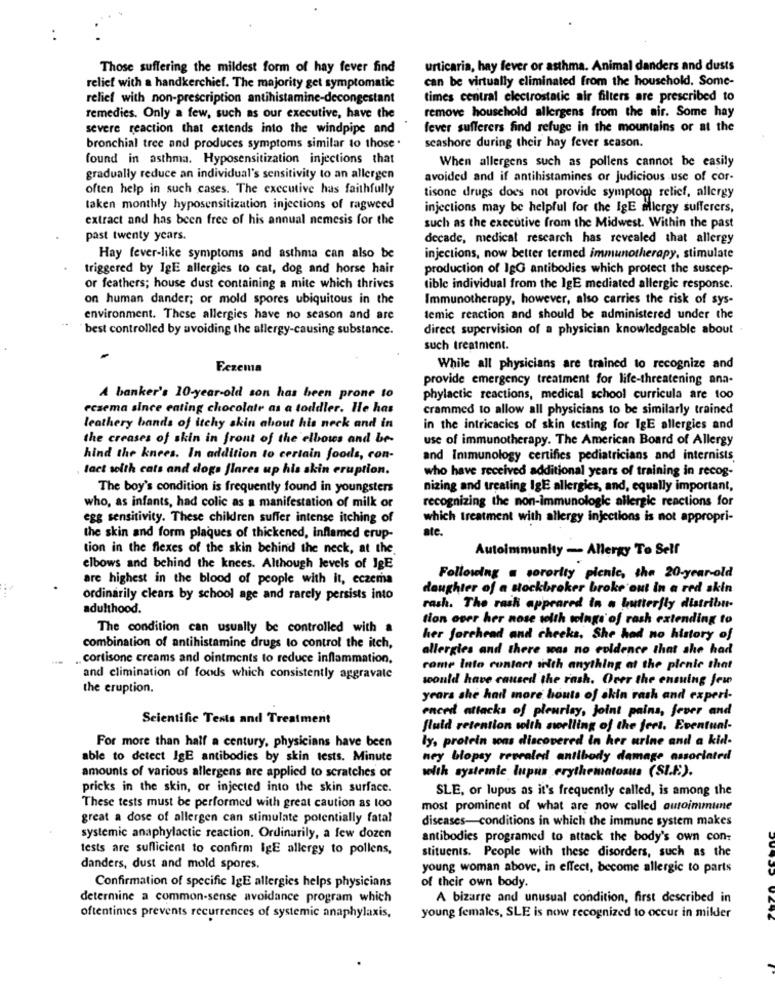
..
Those suffering the mildest form of hay fever find
urticaria, hay fever or asthma. Animal danders and dusts
can be virtually eliminated from the household. Some-
relief with a handkerchief. The majority get symptomatic
relief with non-prescription antihistamine-decongestant
times central electrostatic air filters are prescribed to
remedies. Only a few, such as our executive, have the
remove household allergens from the air. Some hay
severe reaction that extends into the windpipe and
fever sufferers find refuge in the mountains or at the
bronchial tree and produces symptoms similar to those .
seashore during their hay fever season.
found in asthma. Hyposensitization injections that
When allergens such as pollens cannot be easily
gradually reduce an individual's sensitivity to an allergen
avoided and if antihistamines or judicious use of cor-
often help in such cases. The executive has faithfully
tisone drugs does not provide symptoms relief, allergy
taken monthly hyposensitization injections of ragweed
injections may be helpful for the IgE allergy sufferers,
extract and has been free of his annual nemesis for the
such as the executive from the Midwest. Within the past
past twenty years.
decade, medical research has revealed that allergy
Hay fever-like symptoms and asthma can also be
injections, now better termed immunotherapy, stimulate
triggered by IgE allergies to cat, dog and horse hair
production of IgG antibodies which protect the suscep-
or feathers; house dust containing a mite which thrives
tible individual from the IgE mediated allergic response.
on human dander; or mold spores ubiquitous in the
Immunotherapy, however, also carries the risk of sys-
environment. These allergies have no season and are
temic reaction and should be administered under the
best controlled by avoiding the allergy-causing substance.
direct supervision of a physician knowledgeable about
such treatment.
Eczema
While all physicians are trained to recognize and
provide emergency treatment for life-threatening ana-
A banker's 10-year-old son has been prone to
phylactic reactions, medical school curricula are too
eczema since eating chocolate as a toddler. He has
crammed to allow all physicians to be similarly trained
leathery bands of itchy skin about his neck and in
in the intricacies of skin testing for IgE allergies and
the creases of skin in front of the elbows and be-
use of immunotherapy. The American Board of Allergy
hind the knees. In addition to certain foods, con-
and Immunology certifies pediatricians and internists.
lact seith cats and dogs flares up his akin eruption.
who have received additional years of training in recog-
The boy's condition is frequently found in youngsters
nizing and treating IgE allergies, and, equally important,
recognizing the non-immunologic allergic reactions for
who, as infants, had colic as a manifestation of milk or
egg sensitivity. These children suffer intense itching of
which treatment with allergy injections is not appropri-
ate.
the skin and form plaques of thickened, inflamed erup-
tion in the flexes of the skin behind the neck, at the.
Autoimmunity - Allergy To Sell
elbows and behind the knees. Although levels of IgE
are highest in the blood of people with it, eczema
Following a sorority picnic, the 20-year-old
daughter of a stockbroker broke out in a red skin
ordinarily clears by school age and rarely persists into
adulthood.
rash. The rask appeared in a butterfly distribu-
tion over her nose with wings of rash extending to
The condition can usually be controlled with a
her forehead and cheeks, She had no history of
combination of antihistamine drugs to control the itch,
allergies and there was no evidence that she had
. cortisone creams and ointments to reduce inflammation,
come into contact with anything at the plenic that
and elimination of foods which consistently aggravate
would have caused the rash. Over the ensuing few
the eruption.
years she had more bouts of skin rash and experi-
enced attacks of pleurisy, joint pains, jever and
Scientific Tests and Treatment
fluid retention with sorlling of the feet. Eventual-
ly, protein sons discovered in her urine and a kid-
For more than half a century, physicians have been
able to detect IgE antibodies by skin tests. Minute
ney biopsy revealed antibody damage associated
amounts of various allergens are applied to scratches or
welth systemic lupus erythematosus (SIE).
pricks in the skin, or injected into the skin surface.
SLE, or lupus as it's frequently called, is among the
These tests must be performed with great caution as too
most prominent of what are now called autoimmune
great a dose of allergen can stimulate potentially fatal
diseases-conditions in which the immune system makes
systemic anaphylactic reaction. Ordinarily, a few dozen
antibodies programed to attack the body's own con-
tests are sufficient to confirm IgE allergy to pollens,
stituents. People with these disorders, such as the
danders, dust and mold spores.
young woman above, in effect, become allergic to parts
Confirmation of specific IgE allergies helps physicians
of their own body.
determine a common-sense avoidance program which
A bizarre and unusual condition, first described in
oftentimes prevents recurrences of systemic anaphylaxis,
young females, SLE is now recognized to occur in milder